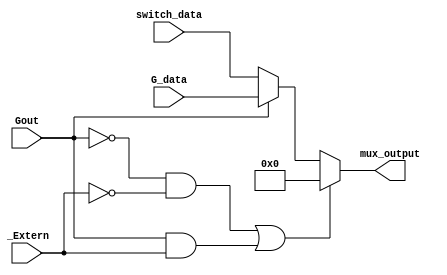
module data_mux(input [15:0] switch_data,
                input [15:0] G_data,
                input Gout,
                input _Extern,
                output reg [15:0] mux_output);

    always@(*)
    begin
    
        if((Gout==0 && _Extern==0)||(Gout==1 && _Extern==1))
            mux_output <= 0;
            
        else if(Gout==1)
            mux_output <= G_data;

        else //_Extern
            mux_output <= switch_data;
            
    end
        
endmodule